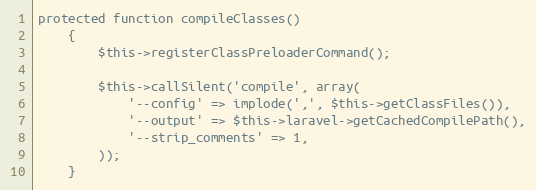
Language: PHP
protected function compileClasses()
	{
		$this->registerClassPreloaderCommand();

		$this->callSilent('compile', array(
			'--config' => implode(',', $this->getClassFiles()),
			'--output' => $this->laravel->getCachedCompilePath(),
			'--strip_comments' => 1,
		));
	}